Report of the Indian Hemp Drugs Commission, 1894-1895 - Volume I
Year: 1894
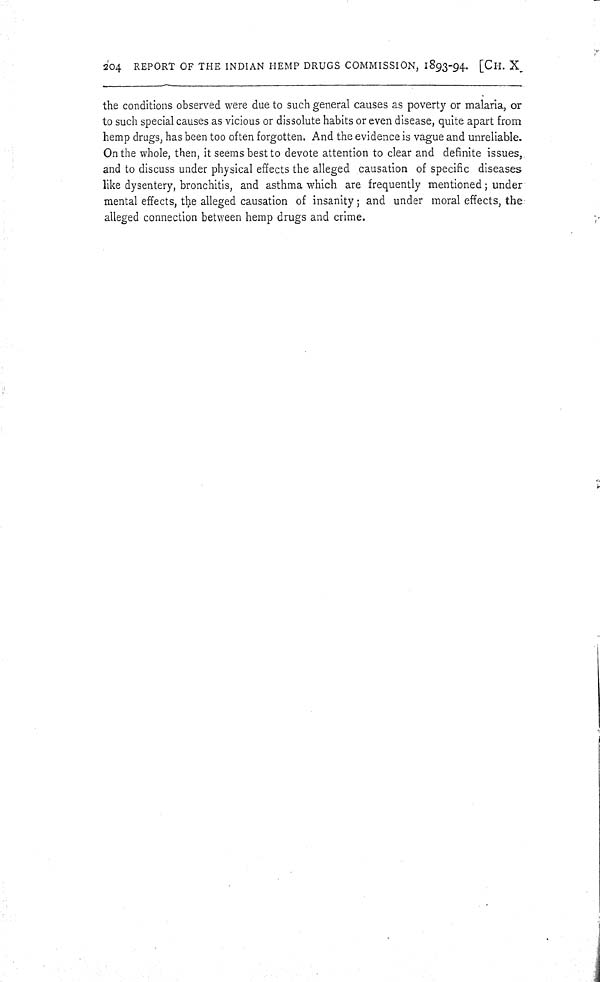
204 REPORT OF THE INDIAN HEMP DRUGS COMMISSION, 1893-94. [CH. X
the conditions observed were due to such general causes as poverty or malaria, or
to such special causes as vicious or dissolute habits or even disease, quite apart from
hemp drugs, has been too often forgotten. And the evidence is vague and unreliable.
On the whole, then, it seems best to devote attention to clear and definite issues,
and to discuss under physical effects the alleged causation of specific diseases
like dysentery, bronchitis, and asthma which are frequently mentioned; under
mental effects, the alleged causation of insanity; and under moral effects, the
alleged connection between hemp drugs and crime.